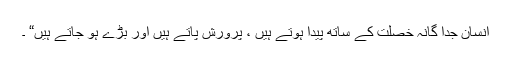
انسان جدا گانہ خصلت کے ساتھ پیدا ہوتے ہیں ، پرورش پاتے ہیں اور بڑے ہو جاتے ہیں“ ۔